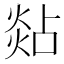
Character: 煔